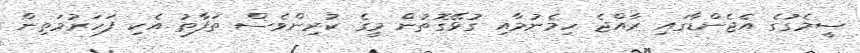
ސީމެގުގެ އެޖެންޑާގައި ރާއްޖެ ހިމެނުމާއި ގުޅޭގޮތުން މީގެ ކުރިންވެސް ތަފާތު އެކި ފަހަރުމަތިން